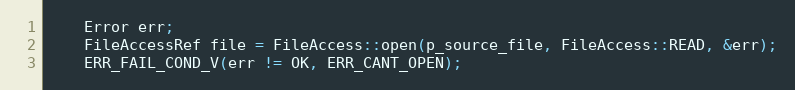
Language: C++
	Error err;
	FileAccessRef file = FileAccess::open(p_source_file, FileAccess::READ, &err);
	ERR_FAIL_COND_V(err != OK, ERR_CANT_OPEN);